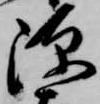
源